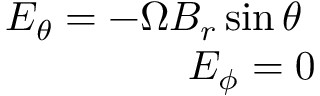
\begin{array} { r l r } { \mathrm { ~ } } & { { } } & { E _ { \theta } = - \Omega B _ { r } \sin \theta \mathrm { ~ } } \\ { \mathrm { ~ } } & { { } } & { E _ { \phi } = 0 } \end{array}